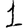
Digit: 1